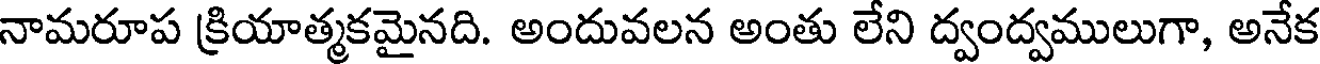
నామరూప క్రియాత్మకమైనది. అందువలన అంతు లేని ద్వంద్వములుగా, అనేక